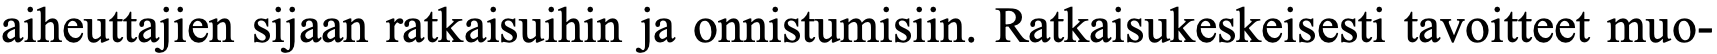
aiheuttajien sijaan ratkaisuihin ja onnistumisiin. Ratkaisukeskeisesti tavoitteet muo-